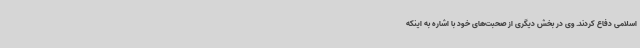
اسلامی دفاع کردند. وی در بخش دیگری از صحبت‌های خود با اشاره به اینکه